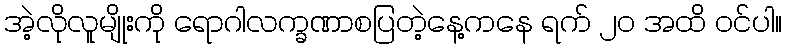
အဲ့လိုလူမျိုးကို ရောဂါလက္ခဏာစပြတဲ့နေ့ကနေ ရက် ၂၀ အထိ ဝင်ပါ။